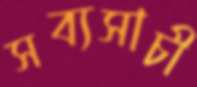
সব্যসাচী